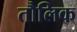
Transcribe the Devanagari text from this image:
तौलिक